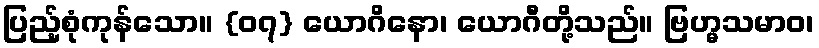
ပြည့်စုံကုန်သော။ {၀၇} ယောဂိနော၊ ယောဂီတို့သည်။ ဗြဟ္မသမာဝ၊